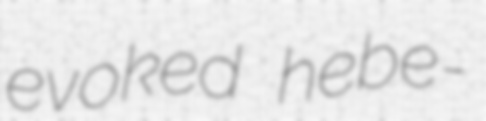
evoked hebe-